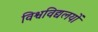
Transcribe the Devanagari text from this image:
विश्वविद्यलयों